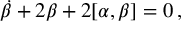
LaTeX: \dot { \beta } + 2 \beta + 2 [ \alpha , \beta ] = 0 \, ,